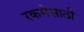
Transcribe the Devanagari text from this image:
रकमेसाठी